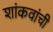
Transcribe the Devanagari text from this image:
शांकवांची